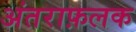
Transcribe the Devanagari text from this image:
अंतराफ़लक